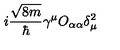
i \frac { \sqrt { 8 m } } { \hbar } \gamma ^ { \mu } O _ { \alpha \alpha } \delta _ { \mu } ^ { 2 }